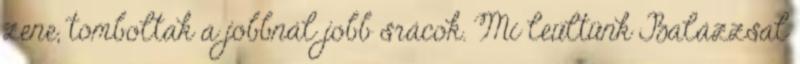
zene, tomboltak a jobbnál jobb srácok. Mi leültünk Balázzsal